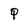
Character: q